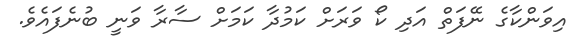
އިވަންކާގެ ނޭފަތް އަދި ކޯ ވަރަށް ކަމުދާ ކަމަށް ސާރާ ވަނީ ބުނެފައެވެ.